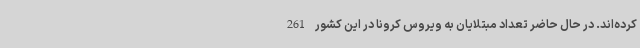
کرده‌اند. در حال حاضر تعداد مبتلایان به ویروس کرونا در این کشور 261